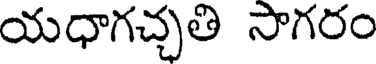
యధాగచ్చతి సాగరం